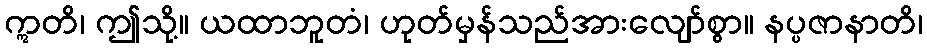
ဣတိ၊ ဤသို့။ ယထာဘူတံ၊ ဟုတ်မှန်သည်အားလျော်စွာ။ နပ္ပဇာနာတိ၊